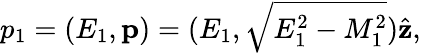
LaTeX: p_{1}=(E_{1},\mathbf{p})=(E_{1},\sqrt{E_{1}^{2}-M_{1}^{2}})\hat{\mathbf{z}},